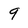
Character: 9